Civil Veterinary Department ledger series I-VI
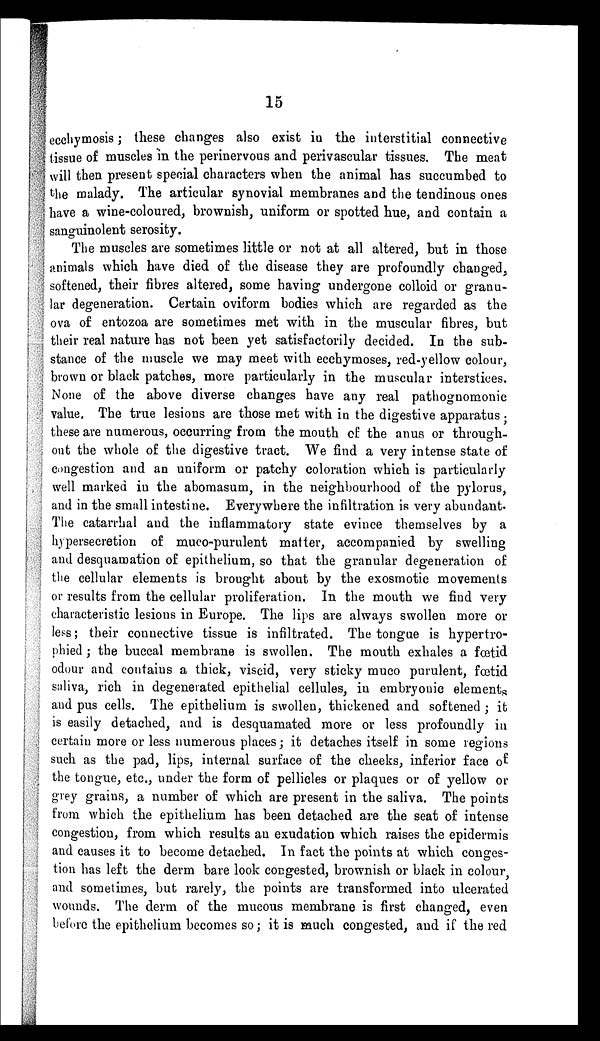
15
ecchymosis; these changes also exist in the interstitial connective
tissue of muscles in the perinervous and perivascular tissues. The meat
will then present special characters when the animal has succumbed to
the malady. The articular synovial membranes and the tendinous ones
have a wine-coloured, brownish, uniform or spotted hue, and contain a
sanguinolent serosity.
The muscles are sometimes little or not at all altered, but in those
animals which have died of the disease they are profoundly changed,
softened, their fibres altered, some having undergone colloid or granu-
lar degeneration. Certain oviform bodies which are regarded as the
ova of entozoa are sometimes met with in the muscular fibres, but
their real nature has not been yet satisfactorily decided. In the sub-
stance of the muscle we may meet with ecchymoses, red-yellow colour,
brown or black patches, more particularly in the muscular interstices.
None of the above diverse changes have any real pathognomonic
value. The true lesions are those met with in the digestive apparatus;
these are numerous, occurring from the mouth of the anus or through-
out the whole of the digestive tract. We find a very intense state of
congestion and an uniform or patchy coloration which is particularly
well marked in the abomasum, in the neighbourhood of the pylorus,
and in the small intestine. Everywhere the infiltration is very abundant.
The catarrhal and the inflammatory state evince themselves by a
hypersecretion of muco-purulent matter, accompanied by swelling
and desquamation of epithelium, so that the granular degeneration of
the cellular elements is brought about by the exosmotic movements
or results from the cellular proliferation. In the mouth we find very
characteristic lesions in Europe. The lips are always swollen more or
less; their connective tissue is infiltrated. The tongue is hypertro-
phied ; the buccal membrane is swollen. The mouth exhales a fœtid
odour and contains a thick, viscid, very sticky muco purulent, fœtid
saliva, rich in degenerated epithelial cellules, in embryonic elements
and pus cells. The epithelium is swollen, thickened and softened ; it
is easily detached, and is desquamated more or less profoundly in
certain more or less numerous places; it detaches itself in some regions
such as the pad, lips, internal surface of the cheeks, inferior face of
the tongue, etc., under the form of pellicles or plaques or of yellow or
grey grains, a number of which are present in the saliva. The points
from which the epithelium has been detached are the seat of intense
congestion, from which results an exudation which raises the epidermis
and causes it to become detached. In fact the points at which conges-
tion has left the derm bare look congested, brownish or black in colour,
and sometimes, but rarely, the points are transformed into ulcerated
wounds. The derm of the mucous membrane is first changed, even
before the epithelium becomes so; it is much congested, and if the red